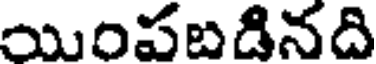
యింపబడినది